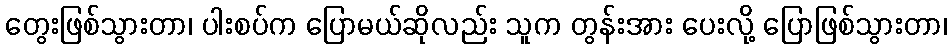
တွေးဖြစ်သွားတာ၊ ပါးစပ်က ပြောမယ်ဆိုလည်း သူက တွန်းအား ပေးလို့ ပြောဖြစ်သွားတာ၊